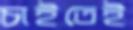
চাইতেই